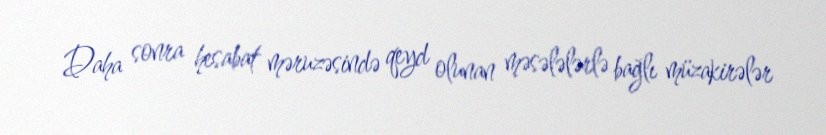
Daha sonra hesabat məruzəsində qeyd olunan məsələlərlə bağlı müzakirələr